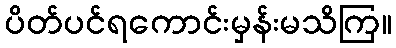
ပိတ်ပင်ရကောင်းမှန်းမသိကြ။